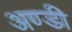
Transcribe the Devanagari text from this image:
अण्डी